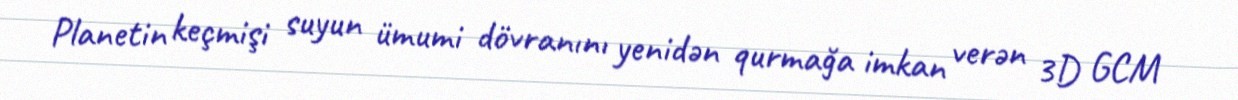
Planetin keçmişi suyun ümumi dövranını yenidən qurmağa imkan verən 3D GCM